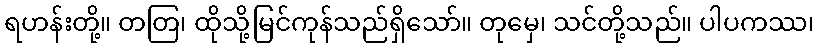
ရဟန်းတို့။ တတြ၊ ထိုသို့မြင်ကုန်သည်ရှိသော်။ တုမှေ၊ သင်တို့သည်။ ပါပကဿ၊